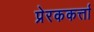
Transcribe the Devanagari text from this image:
प्रेरककर्त्ता